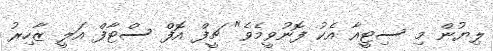
ލިޔުން މި ސިޓީއާ އެކު ފޮނުވީމެވެ" ޗީފް އޮފް ސްޓާފް އަލީ ޒާހިރު